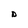
Character: D